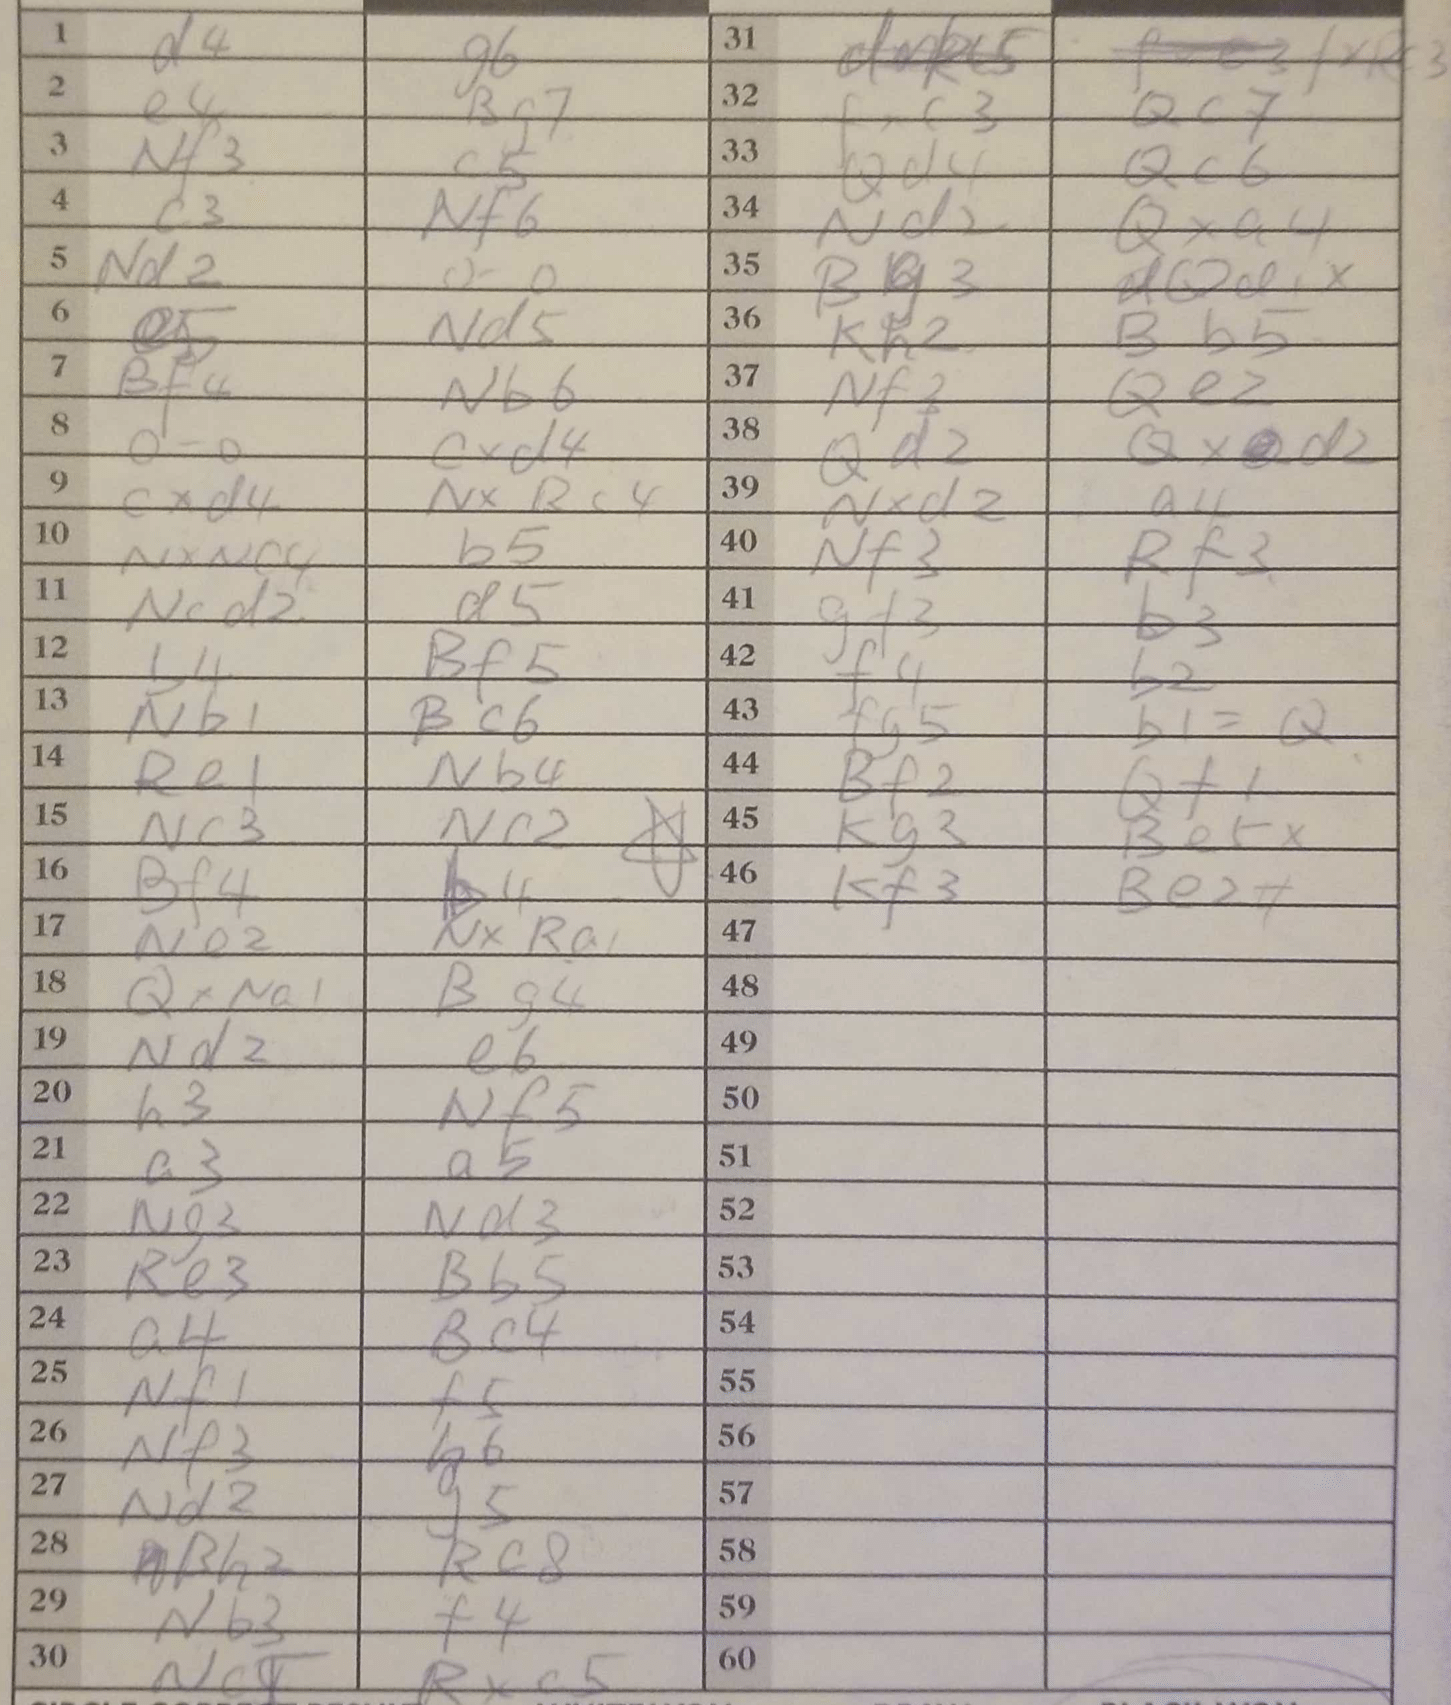
Moves: d4 g6 e4 Bg7 Nf3 c5 c3 Nf6 Nd2 O-O e5 Nd5 Bf4 Nb6 O-O cxd4 cxd4 NxRc4 NxNc4 b5 Ncd2 d5 b4 Bf5 Nb1 Bc6 Re1 Nb4 Nc3 Nc2 Bf4 b4 Ne2 NxRa1 QxNa1 Bg4 Nd2 e6 h3 Nf5 a3 a5 Ng3 Nd3 Re3 Bb5 a4 Bc4 Nf1 f5 Nf3 b6 Nd2 g5 Rh2 Rc8 Nb3 f4 Nc5 Rxc5 dxRc5 fxRc3 fxc3 Qc7 Qd4 Qc6 Nd2 Qxa4 Bg3 Qd1+ Kh2 Bb5 Nf3 Qe2 Qd2 Qxd2 Nxd2 a4 Nf3 Rf3 g3 b3 f4 b2 fg5 b1=Q Bf2 Qf1 Kg3 Be5+ Kf3 Be2#